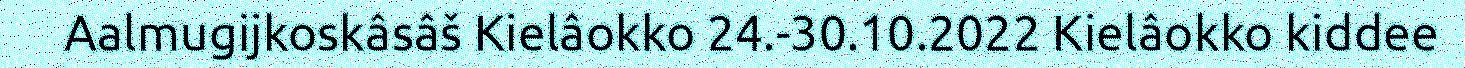
Aalmugijkoskâsâš Kielâokko 24.-30.10.2022 Kielâokko kiddee